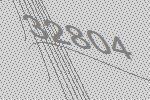
32804